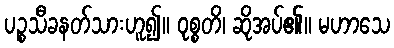
ပဉ္စသီခနတ်သားဟူ၍။ ဝုစ္စတိ၊ ဆိုအပ်၏။ မဟာသေ